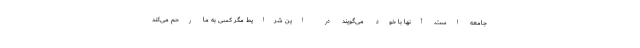
جامعه است. آنها با خود می‌گویند در این شرایط مگر کسی به ما رحم می‌کند